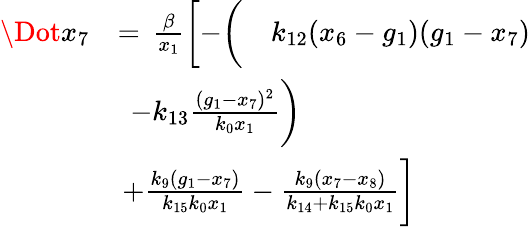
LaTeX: \begin{array}{rl}{\Dot{x}_{7}}&{=\, \frac{\beta}{x_{1}}\biggl[-\biggl(\quad k_{12}(x_{6}-g_{1})(g_{1}-x_{7})}\\ &{\, \; -k_{13}\frac{(g_{1}-x_{7})^{2}}{k_{0}x_{1}}\biggr)}\\ &{\, +\frac{k_{9}(g_{1}-x_{7})}{k_{15}k_{0}x_{1}}-\frac{k_{9}(x_{7}-x_{8})}{k_{14}+k_{15}k_{0}x_{1}}\biggr]}\end{array}